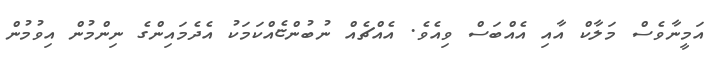
އަމީނާވެސް މަލާކް އާއި އެއްބަސް ވިއެވެ. އެއްޗެއް ނުބުންޏެއްކަމަކު އެދެމައިންގެ ނިންމުން އިވުމުން